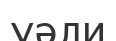
уәли